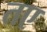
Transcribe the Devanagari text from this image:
तए